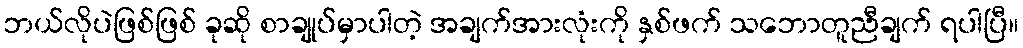
ဘယ်လိုပဲဖြစ်ဖြစ် ခုဆို စာချုပ်မှာပါတဲ့ အချက်အားလုံးကို နှစ်ဖက် သဘောတူညီချက် ရပါပြီ။